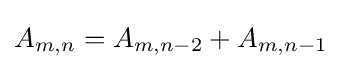
A_{m,n}=A_{m,n-2}+A_{m,n-1}